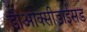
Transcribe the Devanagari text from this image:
डीओक्सीडाईसड